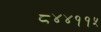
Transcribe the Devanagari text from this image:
८४४११५